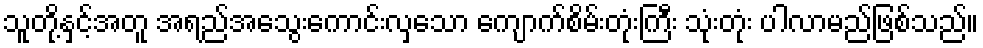
သူတို့နှင့်အတူ အရည်အသွေးကောင်းလှသော ကျောက်စိမ်းတုံးကြီး သုံးတုံး ပါလာမည်ဖြစ်သည်။